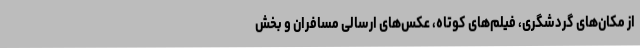
از مکان‌های گردشگری، فیلم‌های کوتاه، عکس‌های ارسالی مسافران و بخش